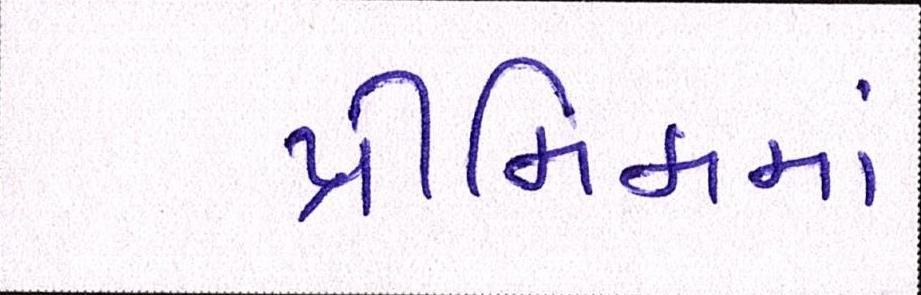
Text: પ્રીમિમમાં